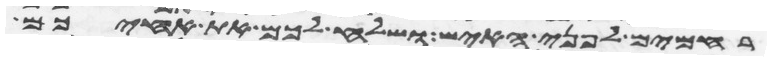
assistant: רחמים לפני האיש ושלח לכם את אחיכם